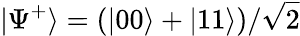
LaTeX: |\Psi^{+}\rangle=(|00\rangle+|11\rangle)/\sqrt{2}